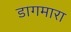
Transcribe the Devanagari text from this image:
डागमारा